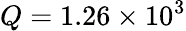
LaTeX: Q=1.26\times 10^{3}